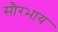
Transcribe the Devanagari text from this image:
सौरभाय